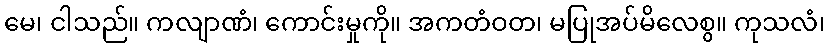
မေ၊ ငါသည်။ ကလျာဏံ၊ ကောင်းမှုကို။ အကတံဝတ၊ မပြုအပ်မိလေစွ။ ကုသလံ၊